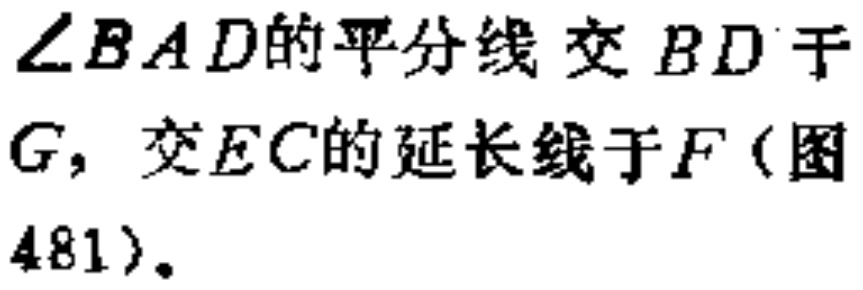
$\angle BAD的平分线交BD于G，交EC的延长线于F(图481)。$